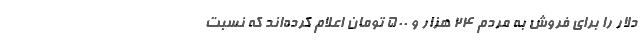
دلار را برای فروش به مردم ۲۴ هزار و ۵۰۰ تومان اعلام کرده‌اند که نسبت